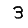
Digit: 3